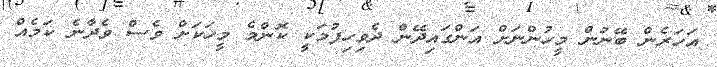
އަހަރެން ބޭނުން މީހުންނަށް އަންގައިދޭން ދެވިހިފުމަކީ ކޮންމެ މީހަކަށް ވެސް ވެދާނެ ކަމެއް